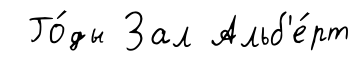
Го́ды Зал Альб'е́рт